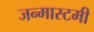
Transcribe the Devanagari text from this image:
जन्मास्टमी